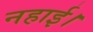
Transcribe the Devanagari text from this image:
नहाई।